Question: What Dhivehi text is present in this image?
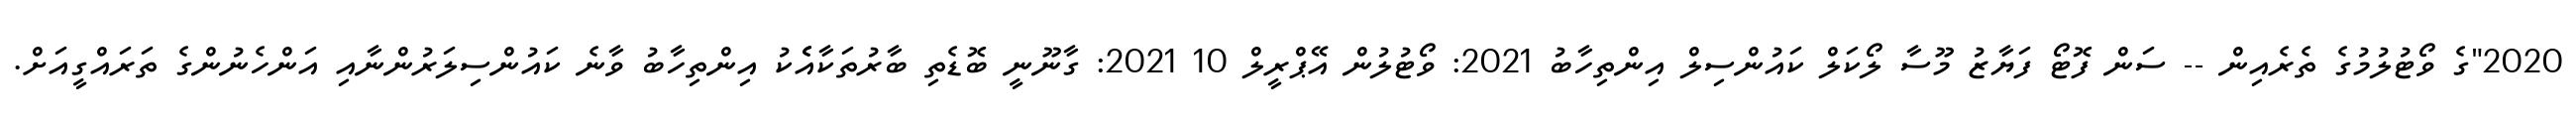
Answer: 2020"ގެ ވޯޓުލުމުގެ ތެރެއިން -- ސަން ފޮޓޯ ފަޔާޒު މޫސާ ލޯކަލް ކައުންސިލް އިންތިހާބު 2021: ވޯޓުލުން އޭޕްރީލް 10 2021: ގާނޫނީ ބޮޑެތި ބާރުތަކާއެެކު އިންތިހާބު ވާނެ ކައުންސިލަރުންނާއި އަންހެނުންގެ ތަރައްގީއަށް.